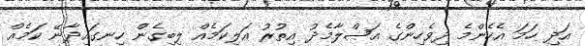
އަދި ހަމަ އެހެންމެ ދިވެހިންގެ އަޞްލާމެދު އިތުރު އަލިކަމެއް ލިބިގެން ހިނގައިދާނޭ ކަމެއް